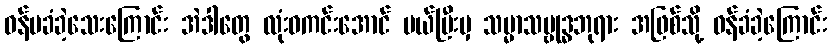
ဝန်မခံခဲ့သေးကြောင်း အဲဒါတွေ လုံးဝကင်းအောင် ပယ်ပြီးမှ သမ္မာသမ္ဗုဒ္ဓဘုရား အဖြစ်သို့ ဝန်ခံခဲ့ကြောင်း